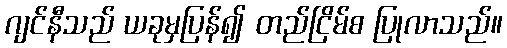
ဂျင်နီသည် ယခုမှပြန်၍ တည်ငြိမ်စ ပြုလာသည်။